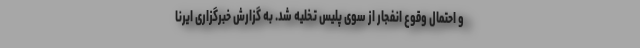
و احتمال وقوع انفجار از سوی پلیس تخلیه شد. به گزارش خبرگزاری ایرنا